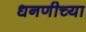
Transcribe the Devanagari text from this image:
धनणीच्या